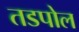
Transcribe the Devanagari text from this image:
तडपोल